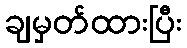
ချမှတ်ထားပြီး